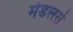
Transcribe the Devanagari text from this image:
मेडलसे